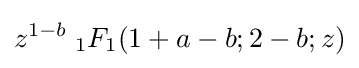
z^{1-b}\;{}_{1}F_{1}(1+a-b;2-b;z)